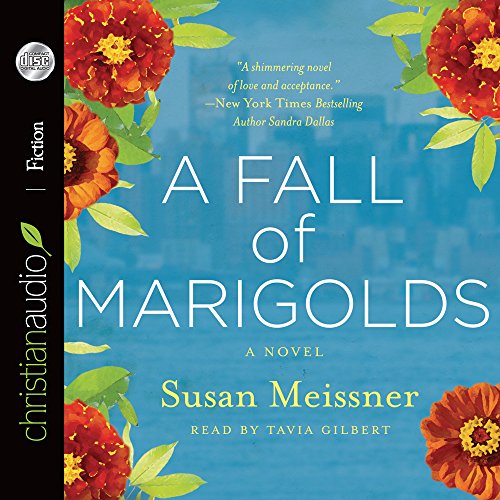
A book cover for A Fall of Marigolds; Susan Meissner; Romance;